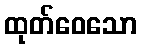
ထုတ်ဝေသော